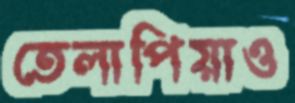
তেলাপিয়াও